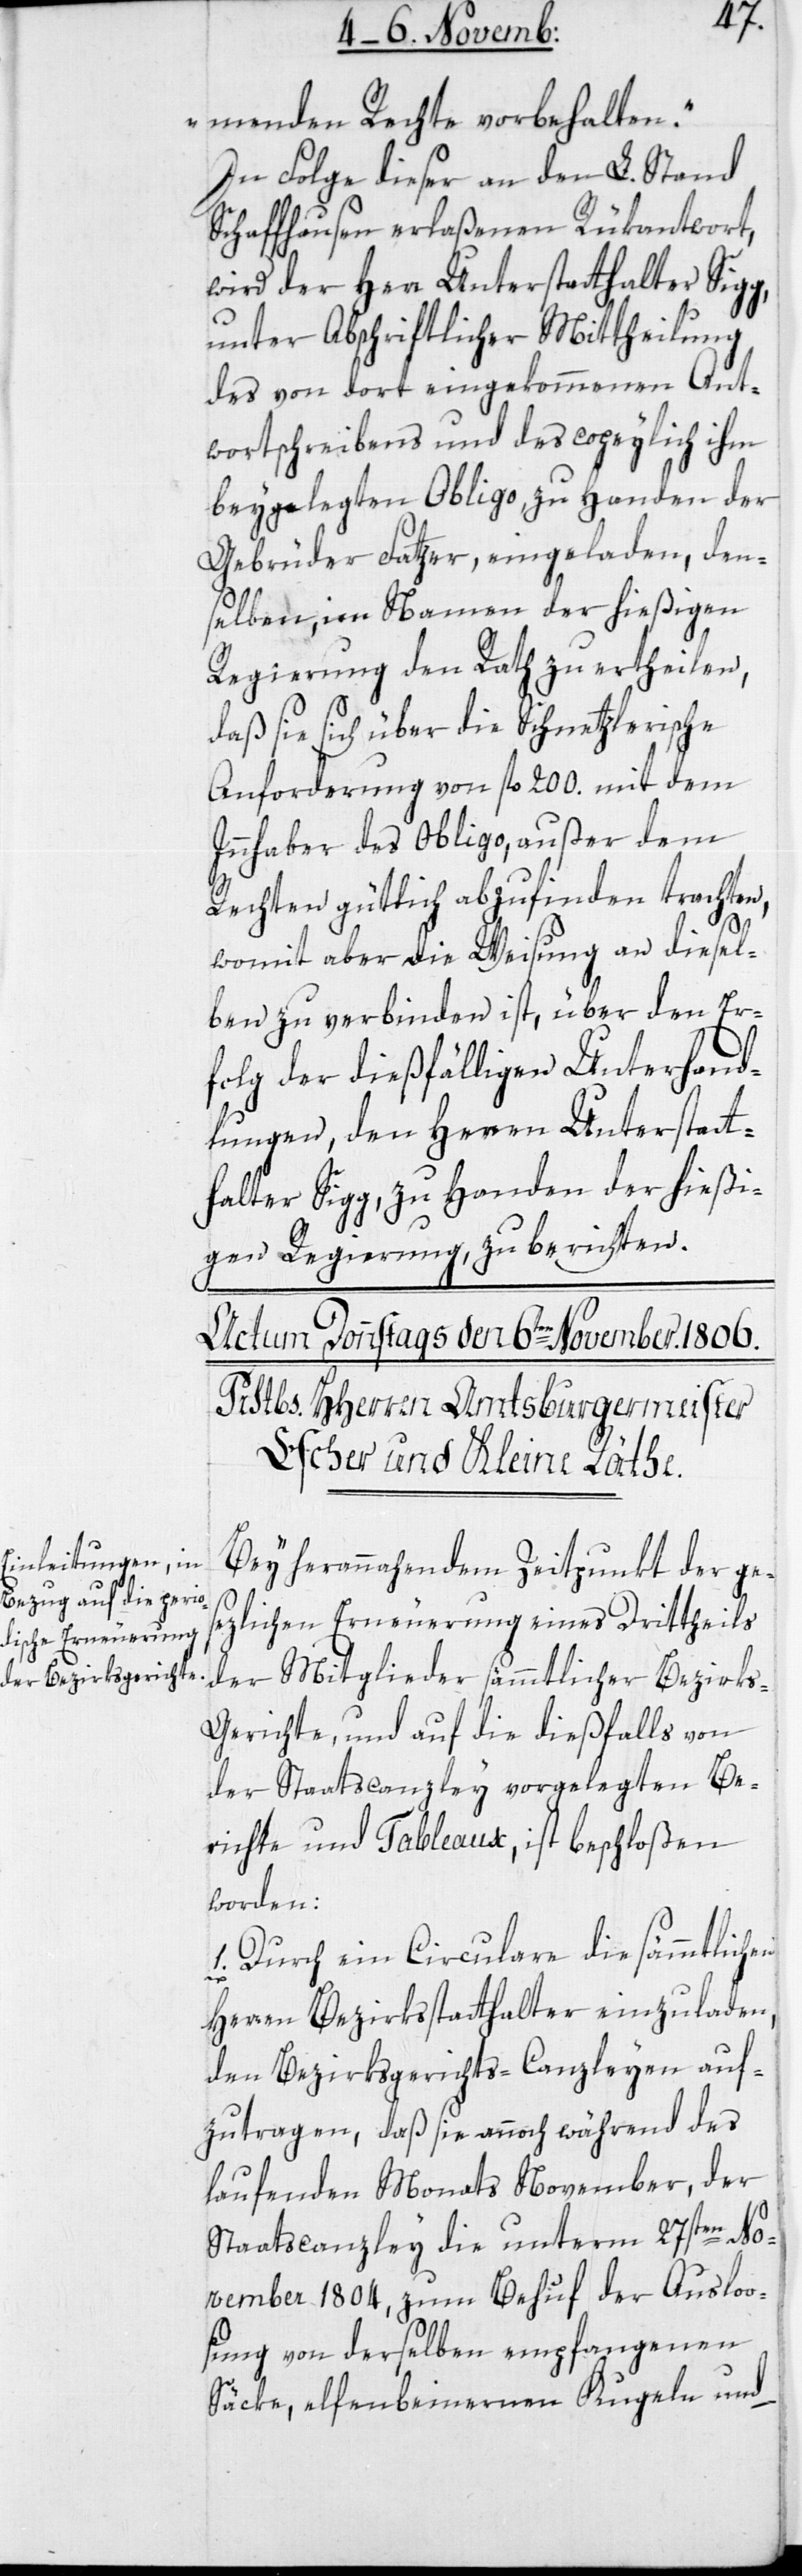
menden Rechte vorbehalten.“
In Folge dieser an den L. Stand
Schaffhausen erlaßenen Rükantwort,
wird der Herr Unterstatthalter Sigg,
unter abschriftlicher Mittheilung
des von dort eingekommenen Ant¬
wortschreibens und des copeylich ihm
beigelegte Obligo zu Handen der
Gebrüder Fatzer eingeladen, den¬
selben im Namen der hießigen
Regierung den Rath zu ertheilen,
daß sie sich über die Schnetzlerische
Anforderung von fl. 200. mit dem
Inhaber des Obligo, außer dem
Rechten gütlich abzufinden trachten,
womit aber die Weisung an diesel¬
ben zu verbinden ist, über den Er¬
folg der dießfälligen Unterhand¬
lungen, den Herren Unterstatt¬
halter Sigg, zu Handen der hießi¬
gen Regierung zu berichten.
Bei herannahendem Zeitpunkt der ge¬
sezlichen Erneuerung eines Drittheils
der Mitglieder sämmtlicher Bezirks¬
gerichte, und auf die dießfalls von
der Staatscanzley vorgelegten Be¬
richte und Tableaux, ist beschloßen
worden:
1. Durch ein Circulare die sämmtlichen
Herren Bezirksstatthalter einzuladen,
den Bezirksgerichts-Canzleyen auf¬
zutragen, daß sie annoch während des
laufenden Monats November, der
Staatscanzley die unterm 27sten No¬
vember 1804, zum Behuf der Auslo¬
osung von derselben empfangenen
Säcke, elfenbeinernen Kugeln und